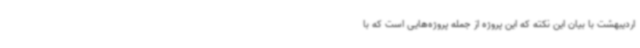
اردیبهشت با بیان این نکته که این پروژه از جمله پروژه‌هایی است که با